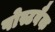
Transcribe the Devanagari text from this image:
पोस्टबैक